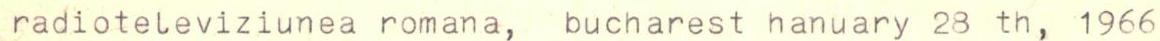
radioteleviziunea romana, bucharest hanuary 28 th, 1966